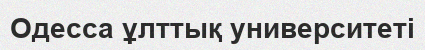
Одесса ұлттық университеті